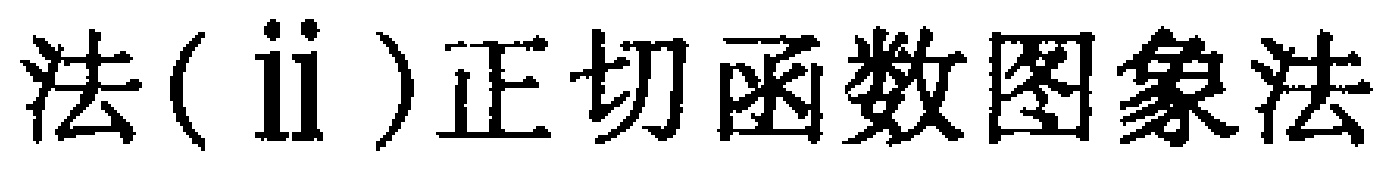
法(ii)正切函数图象法